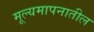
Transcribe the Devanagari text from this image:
मूल्यमापनातील